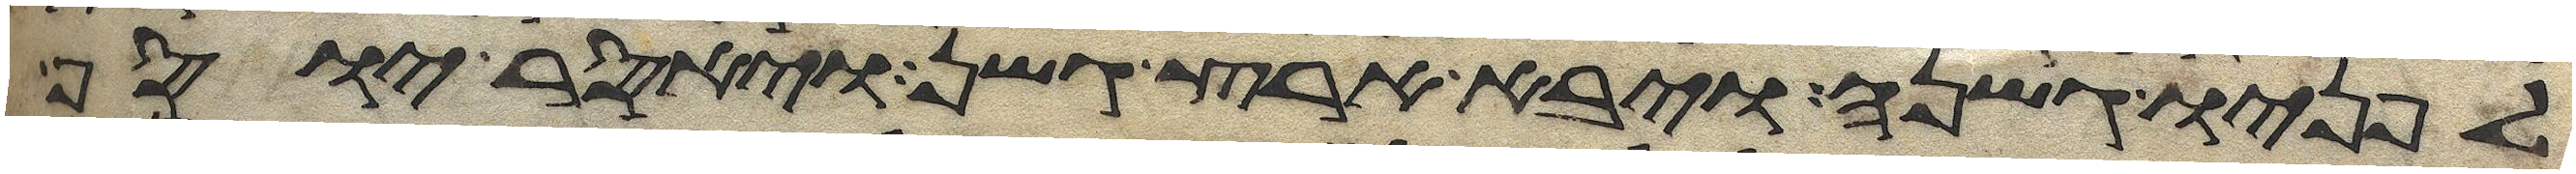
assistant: לפניו גשנה ויבא ארץ גשן ויאסר יוסף